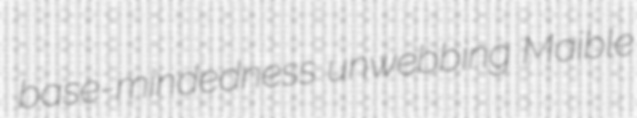
base-mindedness unwebbing Maible